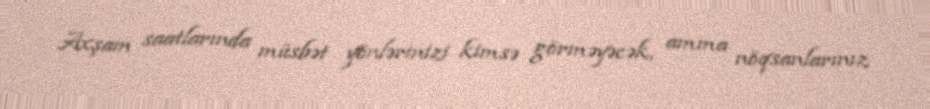
Axşam saatlarında müsbət yönlərinizi kimsə görməyəcək, amma nöqsanlarınız